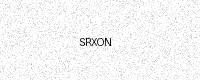
Text: SRXON